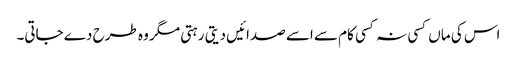
اس کی ماں کسی نہ کسی کام سے اسے صدائیں دیتی رہتی مگر وہ طرح دے جاتی۔